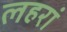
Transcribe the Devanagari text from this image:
लहरां